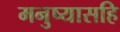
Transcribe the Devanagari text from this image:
मनुष्यासहि